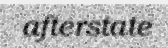
afterstate